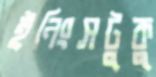
ইনিংসটুকু